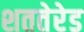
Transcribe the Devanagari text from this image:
शततेरेड